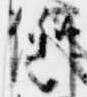
例